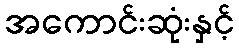
အကောင်းဆုံးနှင့်